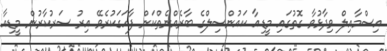
އިސްމާއިލް ވިދާޅުވާ ގޮތުގައި މީޑިއާ ކައުންސިލްގެ ބާރެއްނެތްކަން ފާހަގަކުރެވޭ އިރު ސަރުކާރުން މީޑިއާ